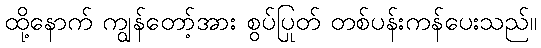
ထို့နောက် ကျွန်တော့်အား စွပ်ပြုတ် တစ်ပန်းကန်ပေးသည်။